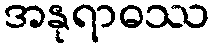
အနုရာဓဿ